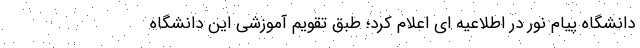
دانشگاه پیام نور در اطلاعیه ای اعلام کرد؛ طبق تقویم آموزشی این دانشگاه